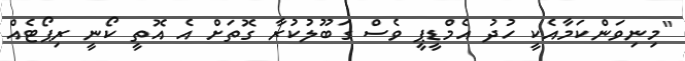
"މިނިވަންކަމާއެކީ ހުދު އެމްޑީޕީ ވެސް ގަބޫލުކުރާ ގޮތަށް އެ އޮތީ ކޯނީ ރިޕޯޓެއް